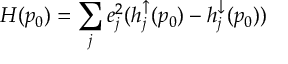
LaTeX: H ( p _ { 0 } ) = \sum _ { j } e _ { j } ^ { 2 } ( h _ { j } ^ { \uparrow } ( p _ { 0 } ) - h _ { j } ^ { \downarrow } ( p _ { 0 } ) )